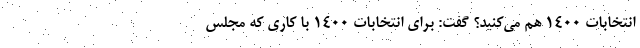
انتخابات ۱۴۰۰ هم می‌کنید؟ گفت: برای انتخابات ۱۴۰۰ با کاری که مجلس